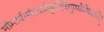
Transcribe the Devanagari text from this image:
भौमार्कमंदवारेषुतिथियुग्मेविवर्जयेत्